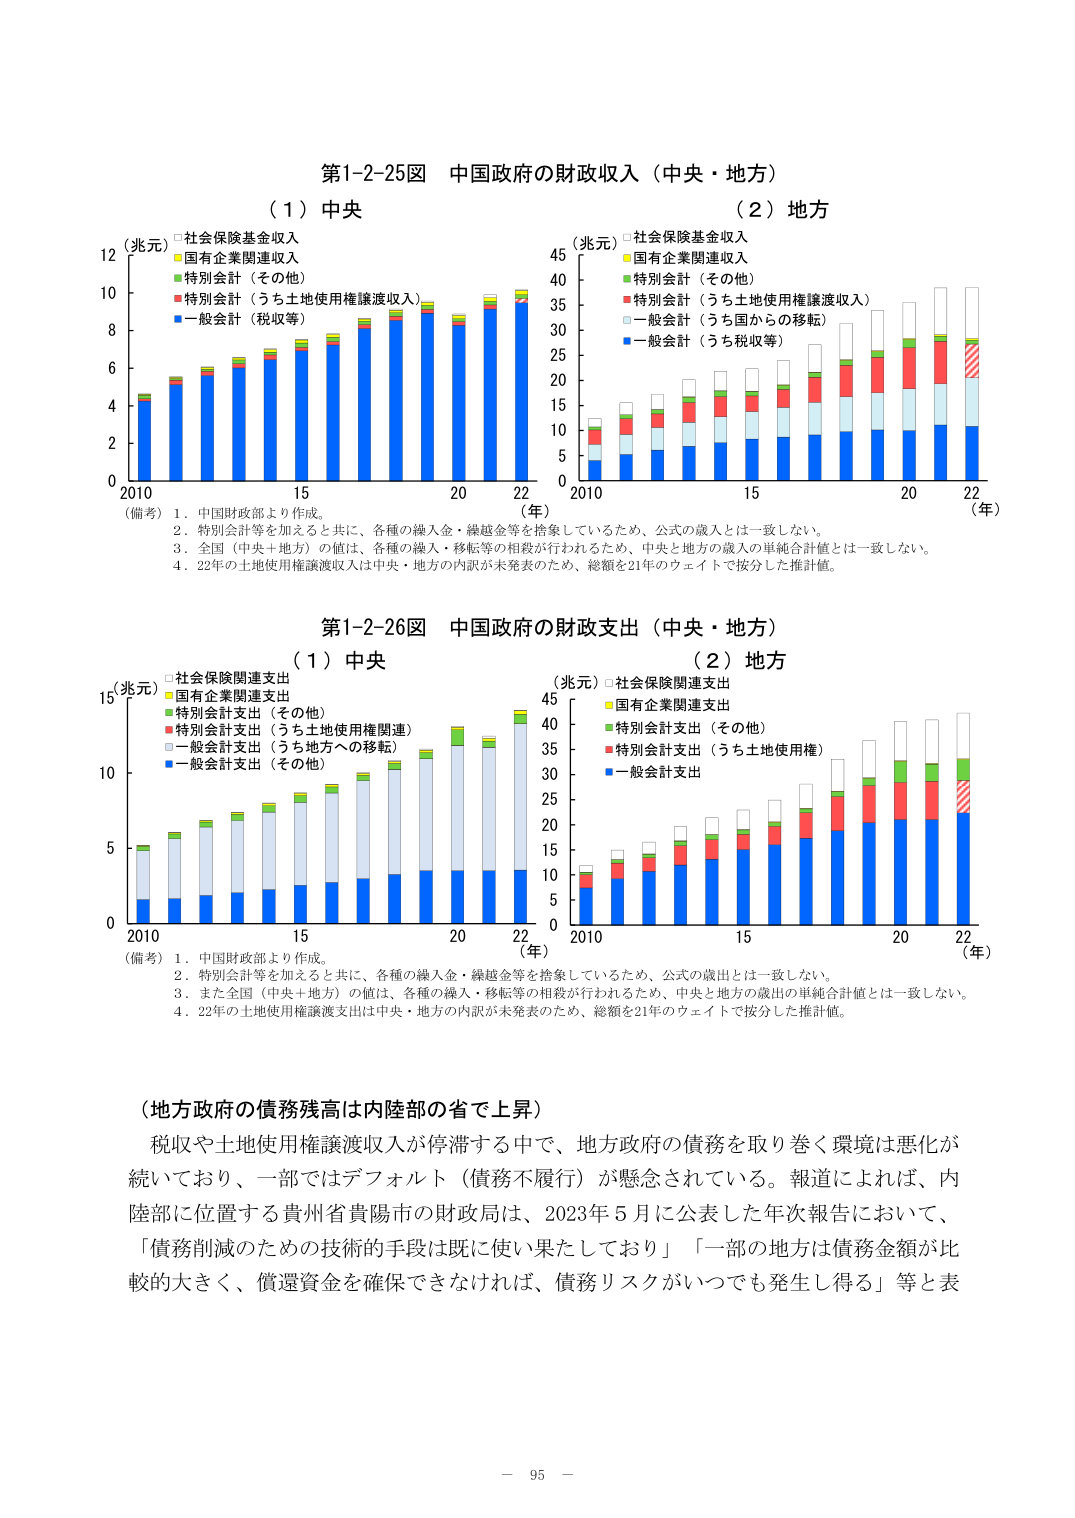
第1-2-25図 中国政府の財政収入（中央・地方）

（１）中央
（兆元）
□社会保険基金収入
■国有企業関連収入
■特別会計（その他）
■特別会計（うち土地使用権譲渡収入）
■一般会計（税収等）

（２）地方
（兆元）
□社会保険基金収入
■国有企業関連収入
■特別会計（その他）
■特別会計（うち土地使用権譲渡収入）
■一般会計（うち国からの移転）
■一般会計（うち税収等）

（備考）１．中国財政部より作成。
２．特別会計等を加えると共に、各種の繰入金・繰越金等を捨象しているため、公式の歳入とは一致しない。
３．全国（中央＋地方）の値は、各種の繰入・移転等の相殺が行われるため、中央と地方の歳入の単純合計値とは一致しない。
４．22年の土地使用権譲渡収入は中央・地方の内訳が未発表のため、総額を21年のウェイトで按分した推計値。

第1-2-26図 中国政府の財政支出（中央・地方）

（１）中央
（兆元）
□社会保険関連支出
■国有企業関連支出
■特別会計支出（その他）
■特別会計支出（うち土地使用権関連）
■一般会計支出（うち地方への移転）
■一般会計支出（その他）

（２）地方
（兆元）
□社会保険関連支出
■国有企業関連支出
■特別会計支出（その他）
■特別会計支出（うち土地使用権）
■一般会計支出

（備考）１．中国財政部より作成。
２．特別会計等を加えると共に、各種の繰入金・繰越金等を捨象しているため、公式の歳出とは一致しない。
３．また全国（中央＋地方）の値は、各種の繰入・移転等の相殺が行われるため、中央と地方の歳出の単純合計値とは一致しない。
４．22年の土地使用権譲渡支出は中央・地方の内訳が未発表のため、総額を21年のウェイトで按分した推計値。

（地方政府の債務残高は内陸部の省で上昇）
税収や土地使用権譲渡収入が停滞する中で、地方政府の債務を取り巻く環境は悪化が続いており、一部ではデフォルト（債務不履行）が懸念されている。報道によれば、内陸部に位置する貴州省貴陽市の財政局は、2023年５月に公表した年次報告において、「債務削減のための技術的手段は既に使い果たしており」「一部の地方は債務金額が比較的大きく、償還資金を確保できなければ、債務リスクがいつでも発生し得る」等と表

－ 95 －